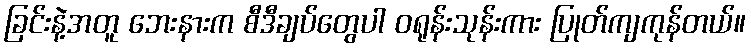
ခြင်းနဲ့အတူ ဘေးနားက စီဒီချပ်တွေပါ ဝရုန်းသုန်းကား ပြုတ်ကျကုန်တယ်။